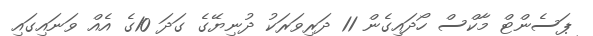
ޕަސެންޓް މާކްސް ހޯދައިގެން 11 ދަރިވަރަކު ދުނިޔޭގެ ގަދަ 10ގެ އެއް ވަނައިގައި